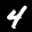
Label: 4